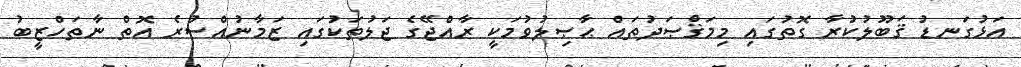
އަޅުގަނޑު ޤަބޫލުކުރާ ގޮތުގައި މިމަޤްޞަދުތައް ޙާޞިލުވުމަކީ ރާއްޖޭގެ ޖަލުތަކުގައި ޒަމާނުއްސުރެ އޮތް ނާތަހްޒީބު